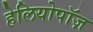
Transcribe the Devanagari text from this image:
हेलियोपॉज़